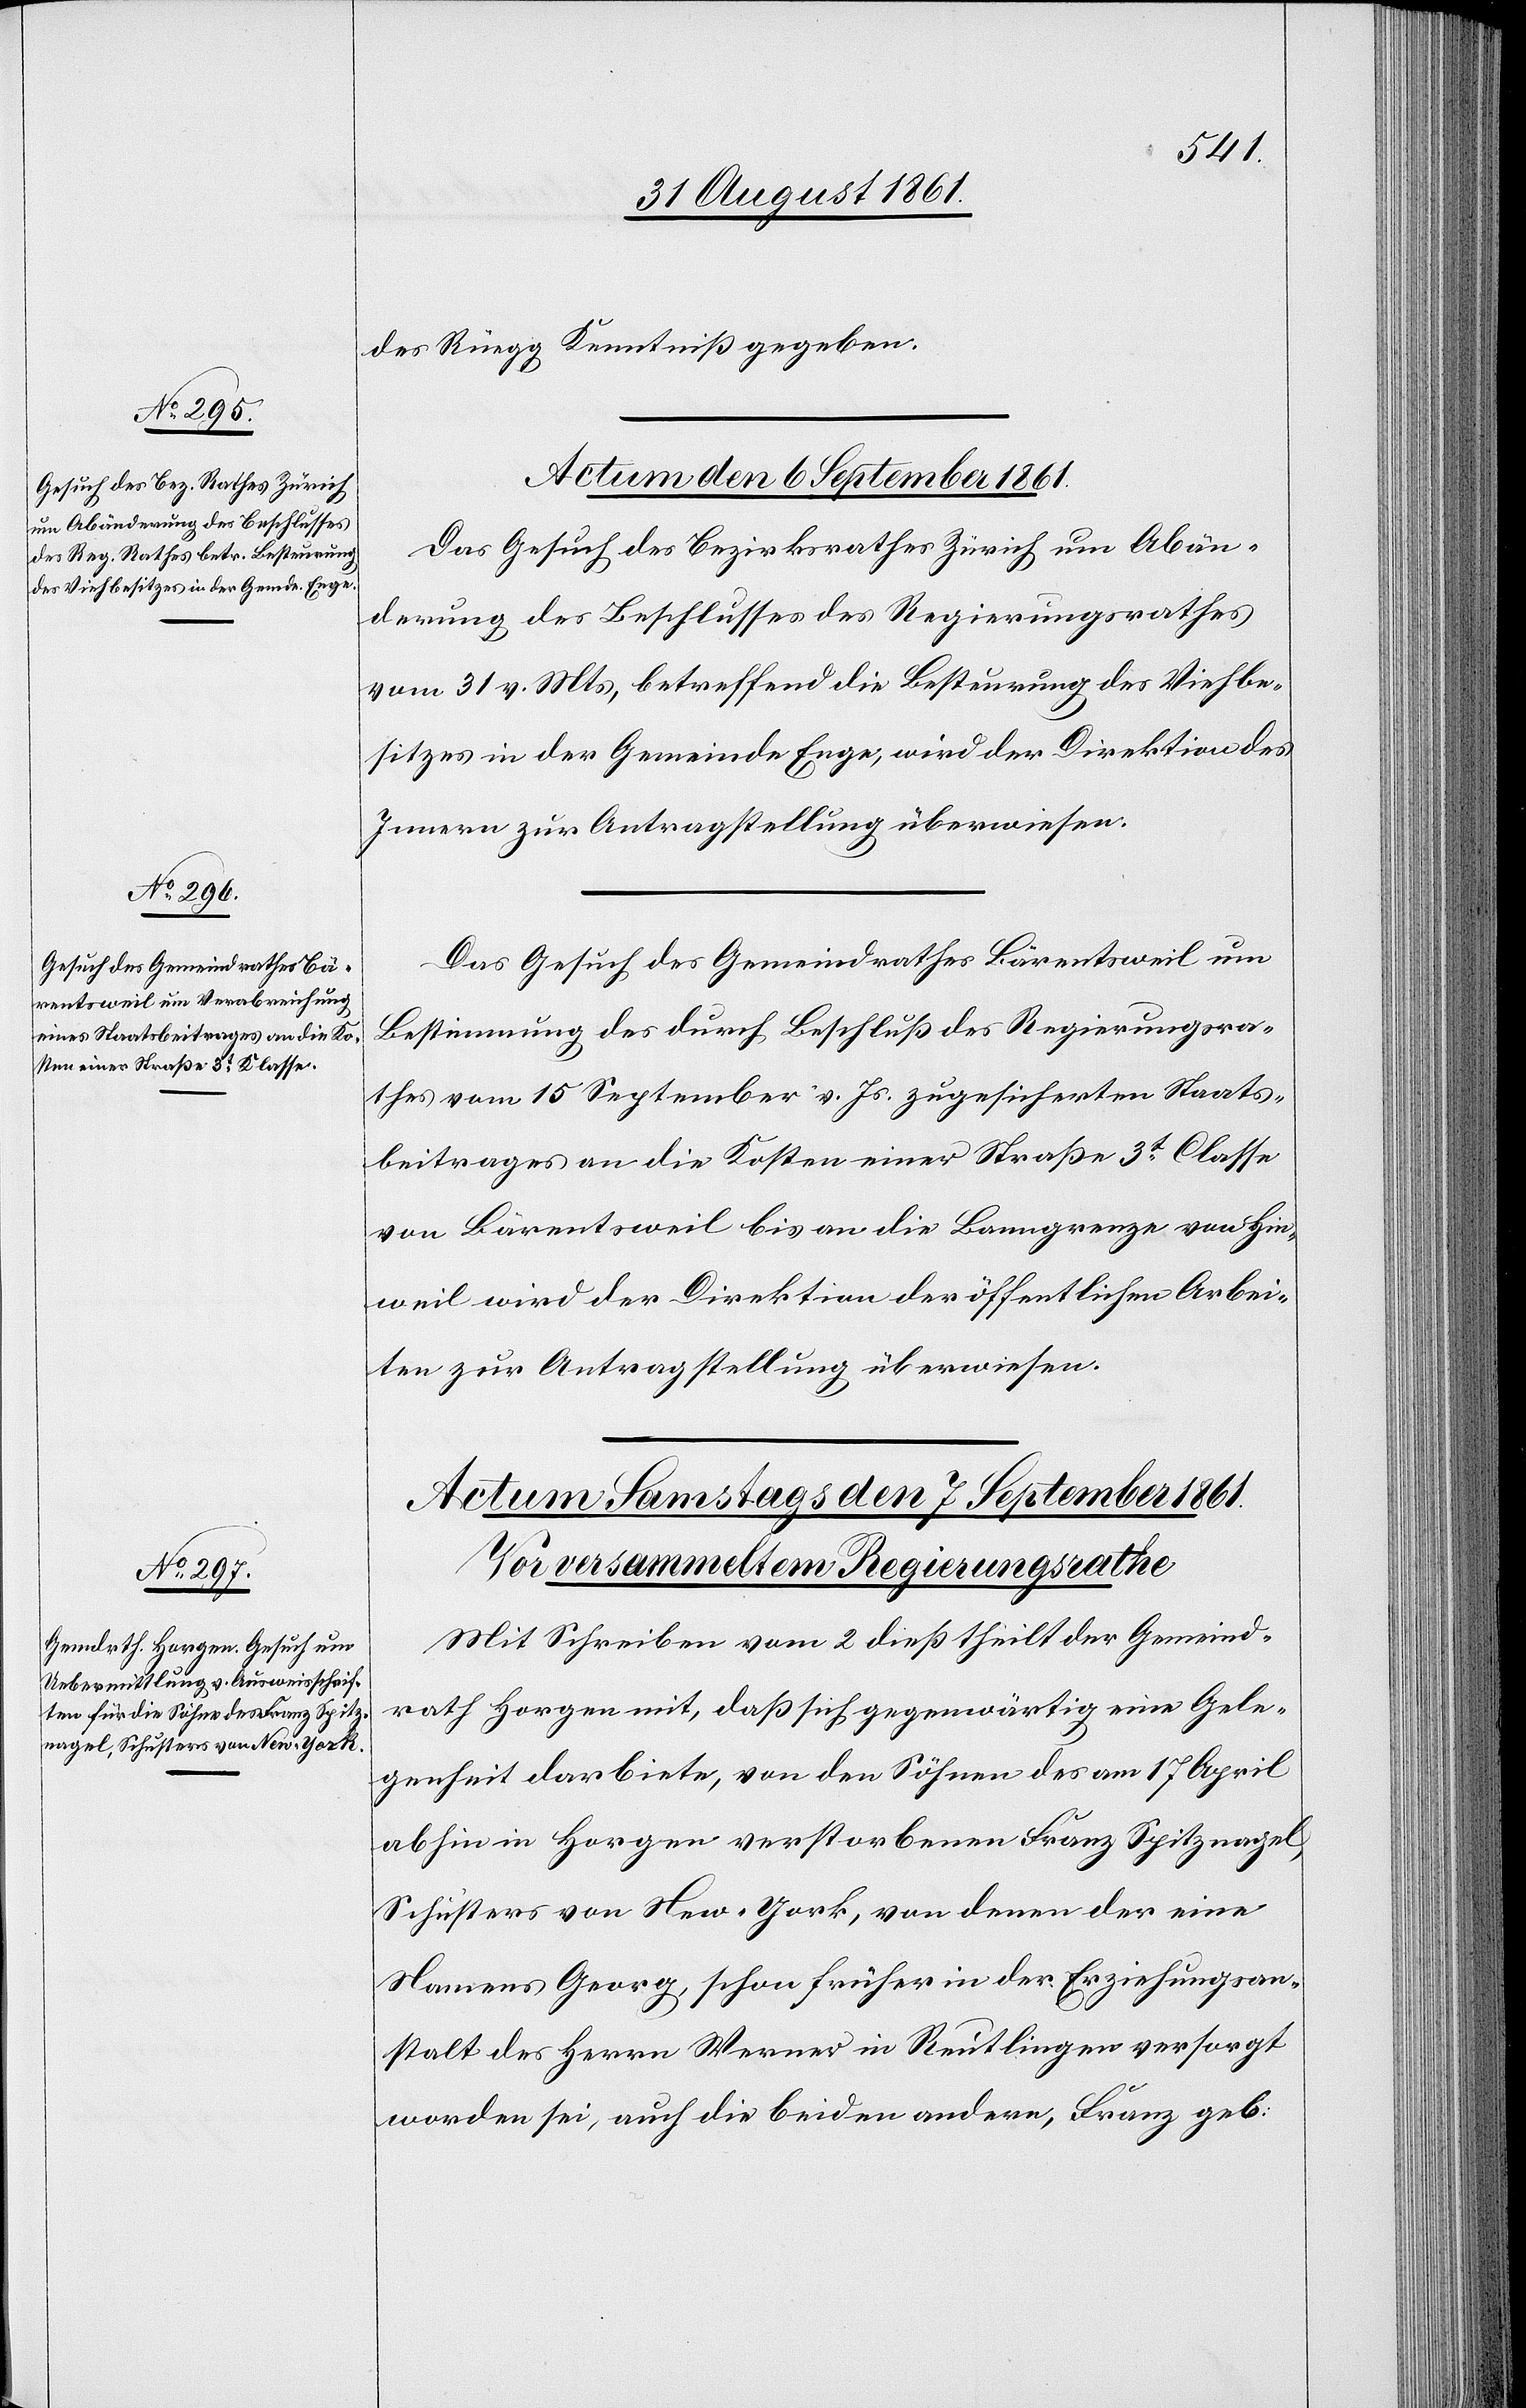
des Rüegg Kenntniß gegeben.
Actum den 6 September 1861.]
Das Gesuch des Bezirksrathes Zürich um Abän¬
derung des Beschlusses des Regierungsrathes
vom 31 v. Mts. betreffend die Besteurung des Viehbe¬
sitzes in der Gemeinde Enge, wird der Direktion des
Innern zur Antragstellung überweisen.
Das Gesuch des Gemeindrathes Bärentsweil um
Bestimmung des durch Beschluß des Regierungsra¬
thes vom 15 September v. Js. zugesicherten Staats¬
beitrages an die Kosten einer Straße 3t Classe
von Bärentsweil bis an die Banngrenze von Hin¬
weil wird der Direktion der öffentlichen Arbei¬
ten zur Antragstellung überwiesen.
Mit Schreiben vom 2 dieß theilt der Gemeind¬
rath Horgen mit, daß sich gegenwärtig eine Gele¬
genheit darbiete, von den Söhnen des am 17 April
abhin in Horgen verstorbenen Franz Spitznagel,
Schusters von New-York, von denen der eine
Namens Georg, schon früher in der Erziehungsan¬
stalt des Herrn Werner in Reutlingen versorgt
worden sei, auch die beiden andern, Franz geb: